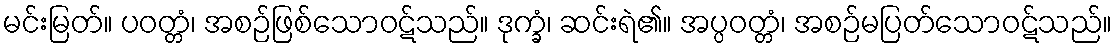
မင်းမြတ်။ ပဝတ္တံ၊ အစဉ်ဖြစ်သောဝဋ်သည်။ ဒုက္ခံ၊ ဆင်းရဲ၏။ အပ္ပဝတ္တံ၊ အစဉ်မပြတ်သောဝဋ်သည်။